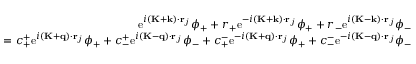
\begin{array} { r } { \mathrm { e } ^ { i ( \mathbf { K } + \mathbf { k } ) \cdot \mathbf { r } _ { j } } \phi _ { + } + r _ { + } \mathrm { e } ^ { - i ( \mathbf { K } + \mathbf { k } ) \cdot \mathbf { r } _ { j } } \phi _ { + } + r _ { - } \mathrm { e } ^ { i ( \mathbf { K } - \mathbf { k } ) \cdot \mathbf { r } _ { j } } \phi _ { - } } \\ { = c _ { + } ^ { + } \mathrm { e } ^ { i ( \mathbf { K } + \mathbf { q } ) \cdot \mathbf { r } _ { j } } \phi _ { + } + c _ { - } ^ { + } \mathrm { e } ^ { i ( \mathbf { K } - \mathbf { q } ) \cdot \mathbf { r } _ { j } } \phi _ { - } + c _ { + } ^ { - } \mathrm { e } ^ { - i ( \mathbf { K } + \mathbf { q } ) \cdot \mathbf { r } _ { j } } \phi _ { + } + c _ { - } ^ { - } \mathrm { e } ^ { - i ( \mathbf { K } - \mathbf { q } ) \cdot \mathbf { r } _ { j } } \phi _ { - } } \end{array}